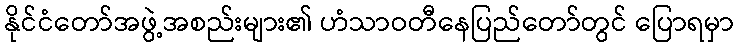
နိုင်ငံတော်အဖွဲ့အစည်းများ၏ ဟံသာဝတီနေပြည်တော်တွင် ပြောရမှာ